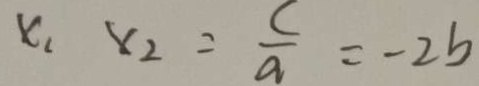
x _ { 1 } x _ { 2 } = \frac { c } { a } = - 2 b